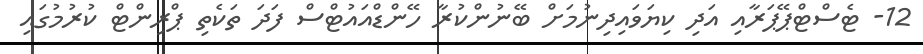
12- ޓެސްޓްޕޭޕަރާއި އަދި ކިޔަވައިދިނުމަށް ބޭނުންކުރާ ހޭންޑްއައުޓްސް ފަދަ ތަކެތި ޕްރިންޓް ކުރުމުގައި